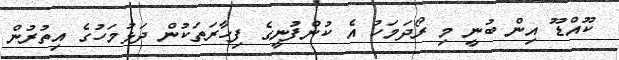
ކޫއްޑޫ އިން ބުނީ މި ރޯދަމަހު އެ ކުންފުނީގެ ފިހާރަތަކުން ދަޅުމަހުގެ އިތުރުން